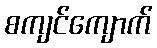
စကျင်ကျောက်